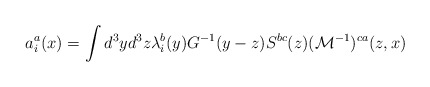
\begin{align*}a_i^a(x)=\int d^{3}yd^{3}z\lambda_i^b(y)G^{-1}(y-z)S^{bc}(z)({\cal M}^{-1})^{ca}(z,x)\end{align*}